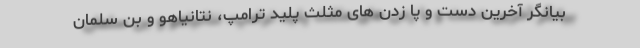
بیانگر آخرین دست و پا زدن های مثلث پلید ترامپ، نتانیاهو و بن سلمان